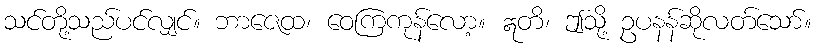
သင်တို့သည်ပင်လျှင်။ ဘာဇေထ၊ ဝေကြကုန်လော့။ ဣတိ၊ ဤသို့ ဥပနန်ဆိုလတ်သော်။